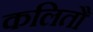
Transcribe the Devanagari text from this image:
कलितौ